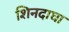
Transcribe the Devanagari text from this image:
शिनदाघा